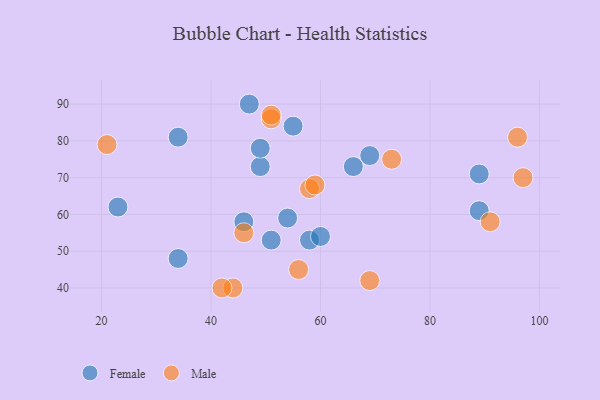
{"axis": {"x": "GDP", "y": "Life Expectancy"}, "legend": ["Female", "Male"], "data": [{"x": "54", "y": 59, "type": "Female"}, {"x": "89", "y": 61, "type": "Female"}, {"x": "34", "y": 48, "type": "Female"}, {"x": "34", "y": 81, "type": "Female"}, {"x": "66", "y": 73, "type": "Female"}, {"x": "47", "y": 90, "type": "Female"}, {"x": "55", "y": 84, "type": "Female"}, {"x": "49", "y": 73, "type": "Female"}, {"x": "89", "y": 71, "type": "Female"}, {"x": "46", "y": 58, "type": "Female"}, {"x": "23", "y": 62, "type": "Female"}, {"x": "49", "y": 78, "type": "Female"}, {"x": "69", "y": 76, "type": "Female"}, {"x": "51", "y": 53, "type": "Female"}, {"x": "58", "y": 53, "type": "Female"}, {"x": "60", "y": 54, "type": "Female"}, {"x": "21", "y": 79, "type": "Male"}, {"x": "96", "y": 81, "type": "Male"}, {"x": "58", "y": 67, "type": "Male"}, {"x": "46", "y": 55, "type": "Male"}, {"x": "73", "y": 75, "type": "Male"}, {"x": "44", "y": 40, "type": "Male"}, {"x": "51", "y": 86, "type": "Male"}, {"x": "42", "y": 40, "type": "Male"}, {"x": "56", "y": 45, "type": "Male"}, {"x": "91", "y": 58, "type": "Male"}, {"x": "69", "y": 42, "type": "Male"}, {"x": "51", "y": 87, "type": "Male"}, {"x": "59", "y": 68, "type": "Male"}, {"x": "97", "y": 70, "type": "Male"}]}